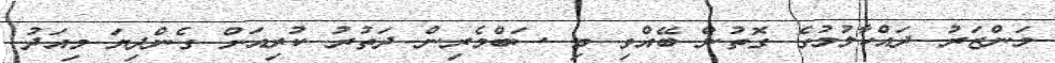
މަންޒަރު ދައްކާލުމުގެ ގޮތުން ބޭއްވި މި ސަބްމެރިން ދަތުރު ކުރިއަށް ގެންދިޔަ މިއަދު